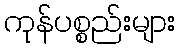
ကုန်ပစ္စည်းများ